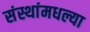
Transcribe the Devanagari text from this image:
संस्थांमधल्या